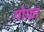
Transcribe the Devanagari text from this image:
गोफा